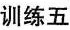
训练五